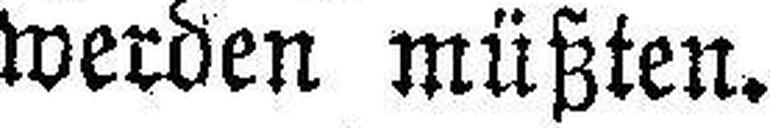
werden müßten.